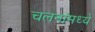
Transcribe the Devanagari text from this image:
चलनांमध्ये